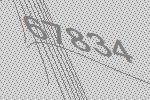
67834